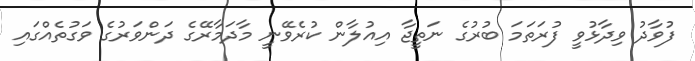
ފުވާދު ވިދާޅުވީ ފުރަތަމަ ބުރުގެ ނަތީޖާ އިއުލާން ކުރެވޭނީ މާދަމާރޭގެ ދަންވަރުގެ ވަގުތެއްގައި